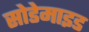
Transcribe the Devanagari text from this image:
सोडेमाइड